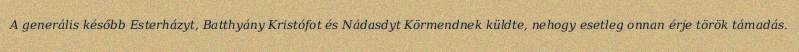
A generális később Esterházyt, Batthyány Kristófot és Nádasdyt Körmendnek küldte, nehogy esetleg onnan érje török támadás.